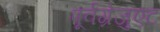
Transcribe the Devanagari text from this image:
पूर्वग्रेजुएट